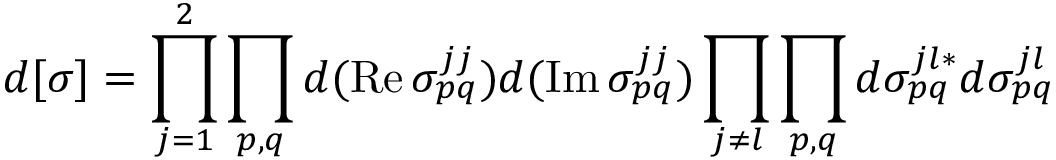
d [ \sigma ] = \prod _ { j = 1 } ^ { 2 } \prod _ { p , q } d ( \mathrm { R e } \, \sigma _ { p q } ^ { j j } ) d ( \mathrm { I m } \, \sigma _ { p q } ^ { j j } ) \prod _ { j \neq l } \prod _ { p , q } d \sigma _ { p q } ^ { j l * } d \sigma _ { p q } ^ { j l }